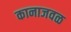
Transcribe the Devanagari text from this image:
कानाजवळ